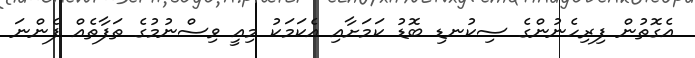
އެގޮތުން ފިރިހެނުންގެ ސިކުނޑި ބޮޑު ކަމަށާއި އެކަމަކު މިއީ ވިސްނުމުގެ ތަފާތެއް ފެންނަ